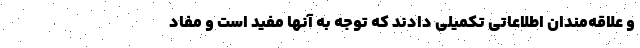
و علاقه‌مندان اطلاعاتی تکمیلی دادند که توجه به آنها مفید است و مفاد